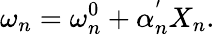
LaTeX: \omega_{n}=\omega_{n}^{0}+\alpha_{n}^{'}X_{n}.